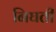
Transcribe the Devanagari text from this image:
निघती